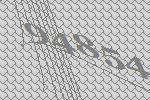
94854